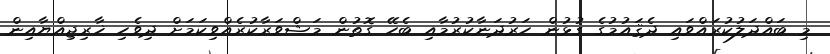
މި ބައްދަލުކުރައްވައި ދެޤައުމުގެ ގުޅުން ހަރުދަނާކުރުމާއި ބެހޭ ގޮތުން މަޝްވަރާކުރެއްވިކަމަށް ދިވެހި ޚާރިޖިއްޔާއިން